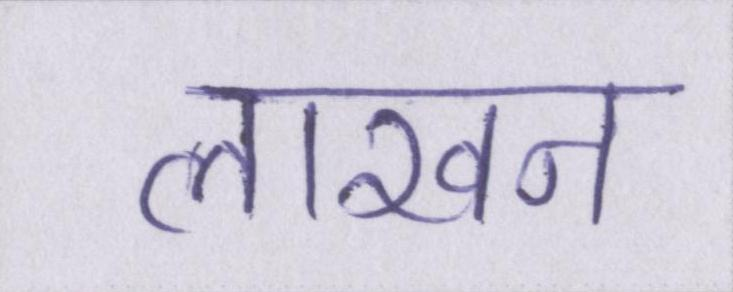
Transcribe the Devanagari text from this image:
लाखन